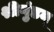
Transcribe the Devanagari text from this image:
श्रीगुंडन्